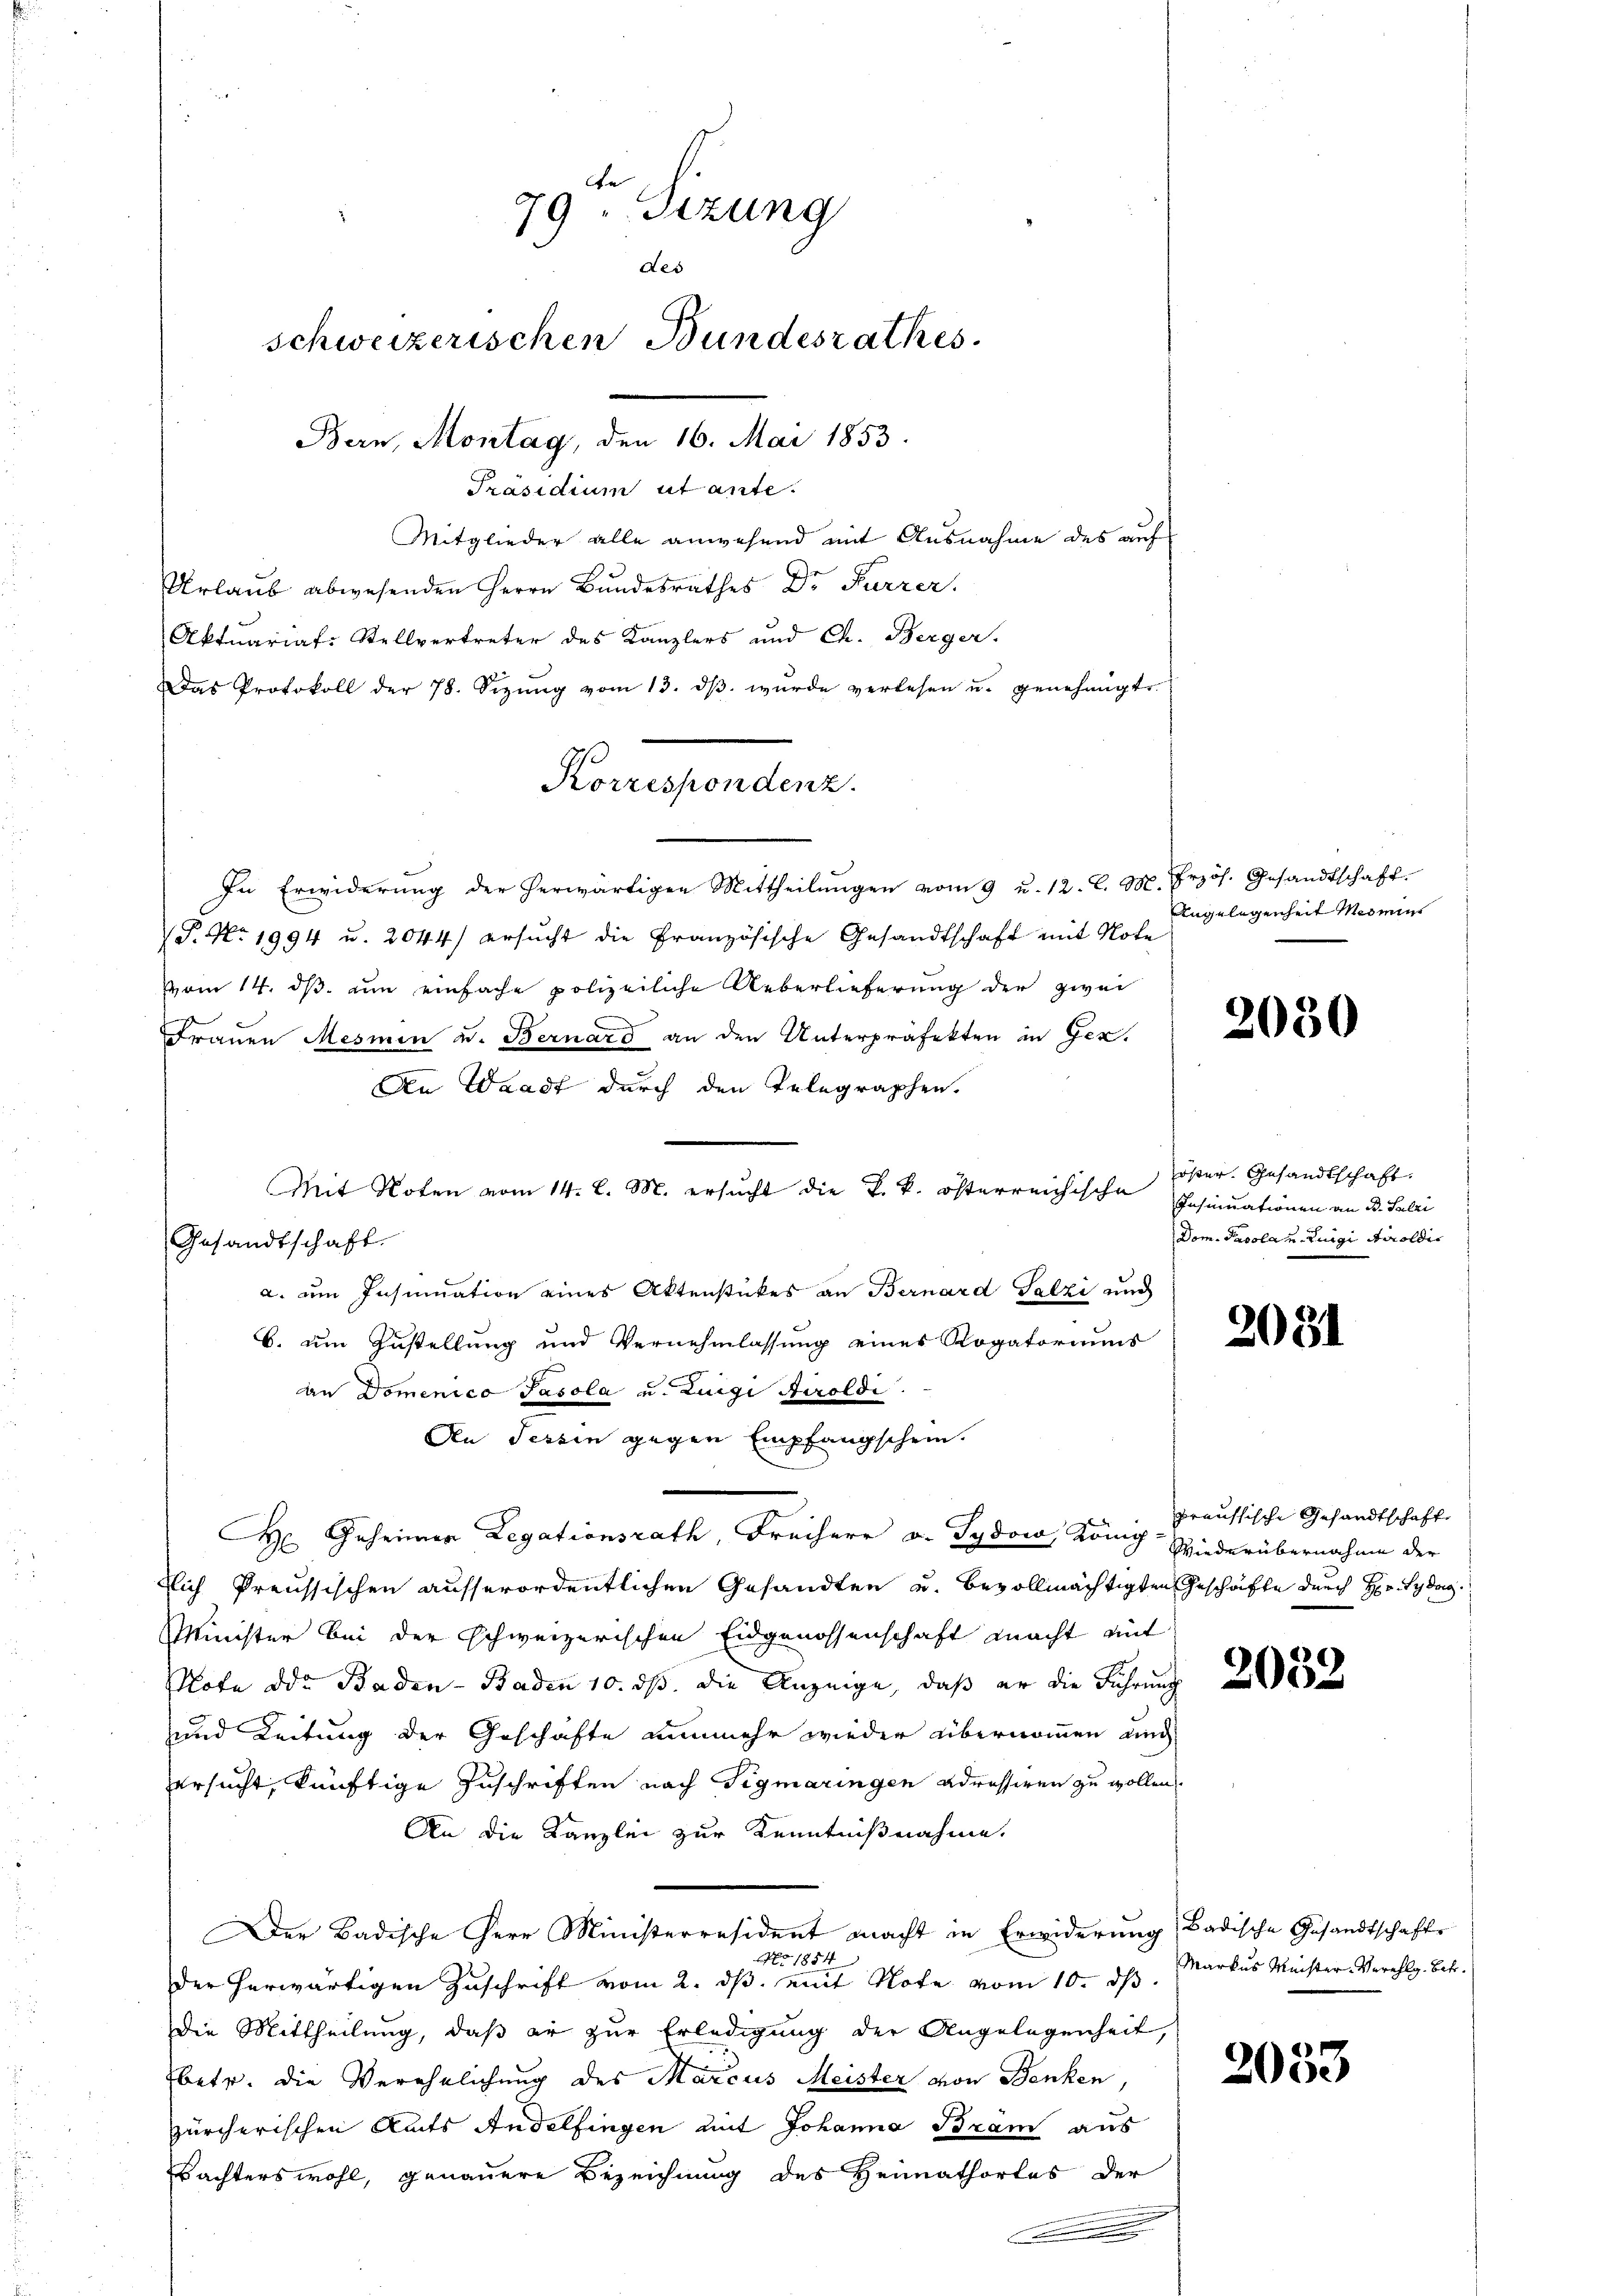
Präsidium ut ante.
Mitglieder alle anwesend mit Ausnahme des auf
Urlaŭb abwesenden Herrn Bŭndesrathes Dr. Furrer.
Aktuariat-Stellvertreter des Kanzlers und Ch. Berger.
Das Protokoll der 78. Sizŭng vom 13. dβ wŭrde verlesen u. genehmigte.
In Erwiderŭng der herwärtigen Mittheilŭngen vom 9 u. 12. l. M. frzös. Gesandtschaft.
P. Nr. 1994 u. 2044) ersucht die Französische Gesandtschaft mit Note
vom 14. ds. um einfache polizeiliche Ueberlieferung der zwei
Frauen Mesmen u. Bernard an den Unterpräfekten in Ger.
An Waadt durch den Telegraphen.
Gesandtschaft.
a. im Insinuation eines Aktenstückes an Bernard Salzi und
b. um Zustellung und Vernehmlassung eines Rogatoriums
an Domenico Pasola u. Luigi Airoldi.
An Tessin gegen Empfangschein.
 Geheimer Legationsrath, Freiherr v. Tydow, König Siederübernahme der
tlich Preussischen ausserordentlichen Gesandten u. bevollmächtigten Geschäfte durch Hr. Hydag
Minister bei der schweizerischen Eidgenossenschaft macht mit
NNote die Baden - Baden 10. dß die Anzeige, daß er die Führung
und Leitung der Geschäfte nunmehr wieder übernommen und
ersucht, künftige Zuschriften nach Tigmaringen adressiren zu wollen
An die Kanzlei zur Kenntnißnahme.
Der Badische Herr Ministerresident macht in Erwiderung, Badische Gesandtschafte
No 1854
der herwärtigen Zuschrift vom 2. ds. mit Note vom 10. ds.
Die Mittheilung, daß er zur Erledigung der Angelegenheit,
betr. die Verehelichung des Marcus Meister von Benken
zürcherischen Amts Andelfingen mit Johanna Bram aus
Bachters wohl, genauere Bezeichnung des Heimathortes der

79ten Sizung
des
schweizerischen Bundesrathes.
Bern, Montag, den 16. Mai 1853.

Konsenten

Mit Noten vom 14. l. M. ersucht die k. k. österreichische

Angelegenheit Meinu

2050

öster. Gesandtschaft.
Insinuationen an B. Salzi
Dom. Pasola u. Luigi Aroldis

2031

praussische Gesandtschaft

2032

Markus Meister Verehlg. Betr.

2053